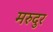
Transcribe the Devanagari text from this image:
मरुदुर